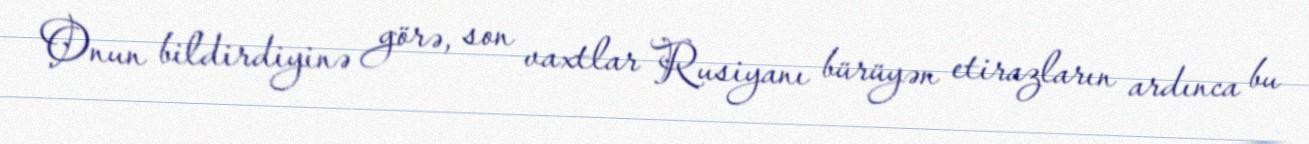
Onun bildirdiyinə görə, son vaxtlar Rusiyanı bürüyən etirazların ardınca bu